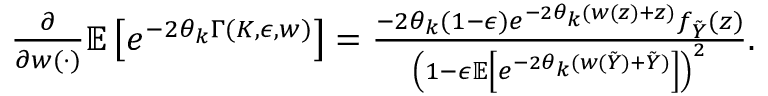
\begin{array} { r } { \frac { \partial } { \partial w ( \cdot ) } \mathbb { E } \left[ e ^ { - 2 \theta _ { k } \Gamma ( K , \epsilon , w ) } \right] = \frac { - 2 \theta _ { k } ( 1 - \epsilon ) e ^ { - 2 \theta _ { k } ( w ( z ) + z ) } f _ { \tilde { Y } } ( z ) } { \left( 1 - \epsilon \mathbb { E } \left[ e ^ { - 2 \theta _ { k } ( w ( \tilde { Y } ) + \tilde { Y } ) } \right] \right) ^ { 2 } } . } \end{array}